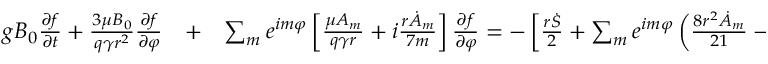
\begin{array} { r l r } { g B _ { 0 } \frac { \partial f } { \partial t } + \frac { 3 \mu B _ { 0 } } { q \gamma r ^ { 2 } } \frac { \partial f } { \partial \varphi } } & { { } + } & { \sum _ { m } e ^ { i m \varphi } \left[ \frac { \mu A _ { m } } { q \gamma r } + i \frac { r \dot { A } _ { m } } { 7 m } \right] \frac { \partial f } { \partial \varphi } = - \left[ \frac { r \dot { S } } { 2 } + \sum _ { m } e ^ { i m \varphi } \left( \frac { 8 r ^ { 2 } \dot { A } _ { m } } { 2 1 } - i m \frac { \mu A _ { m } } { q \gamma } \right) \right] \frac { \partial f } { \partial r } } \end{array}